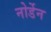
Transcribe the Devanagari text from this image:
नोर्डेन